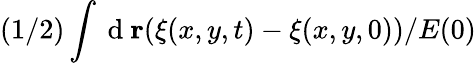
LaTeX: (1/2)\int\mathrm{~d~}\mathbf{r}(\xi(x,y,t)-\xi(x,y,0))/E(0)